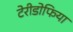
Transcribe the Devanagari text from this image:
टेरीडोफिया